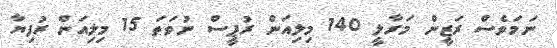
ނަމަވެސް ރަޒީން މަރާލީ 140 މިލިއަން ރުޕީސް ނުވަތަ 15 މިލިއަން ރުފިޔާ